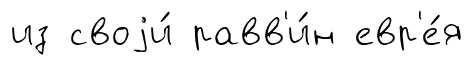
из своjи́ равв'и́н евр'е́я